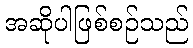
အဆိုပါဖြစ်စဉ်သည်